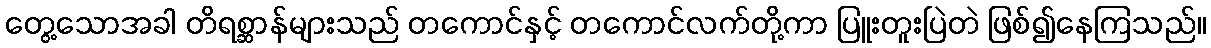
တွေ့သောအခါ တိရစ္ဆာန်များသည် တကောင်နှင့် တကောင်လက်တို့ကာ ပြူးတူးပြဲတဲ ဖြစ်၍နေကြသည်။